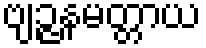
ဗျဉ္ဇနမတ္တာယ